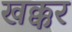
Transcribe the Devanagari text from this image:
खक्कर